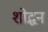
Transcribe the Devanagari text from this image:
शोद्धन